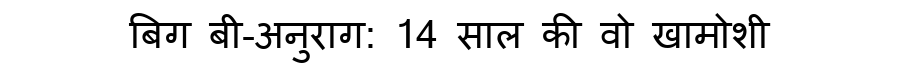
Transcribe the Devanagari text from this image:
बिग बी-अनुराग: 14 साल की वो खामोशी